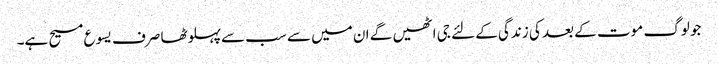
جو لوگ موت کے بعد کی زندگی کے لئے جی اٹھیں گے ان میں سے سب سےپہلوٹھا صرف یسوع مسیح ہے۔